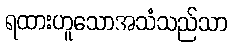
ရထားဟူသောအသံသည်သာ